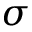
\sigma